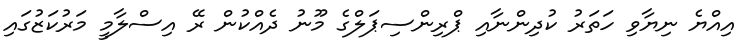
އިއްޔެ ނިޔާވި ހަތަރު ކުދިންނާއި ޕްރިންސިޕަލްގެ މޫނު ދެއްކުން ރޭ އިސްލާމީ މަރުކަޒުގައި